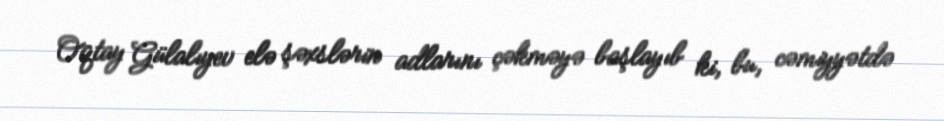
Oqtay Gülalıyev elə şəxslərin adlarını çəkməyə başlayıb ki, bu, cəmiyyətdə